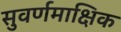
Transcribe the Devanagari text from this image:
सुवर्णमाक्षिक